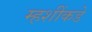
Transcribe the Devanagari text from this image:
म्हशींकडे